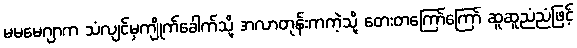
မမမေဂျာက သံလျင်မှကျိုက်ခေါက်သို့ အလာတုန်းကကဲ့သို့ တေးတကြော်ကြော် ဆူဆူညံညံဖြင့်